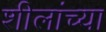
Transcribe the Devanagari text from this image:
शीलांच्या